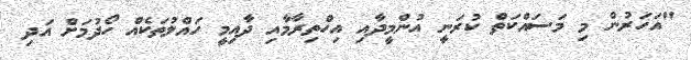
"އަހަރުން މި މަސައްކަތް ކުރަނީ އުންމީދާއި އިހްތިރާމާއި ދާއިމީ ހައްލުތަކެއް ހޯދުމަށް އަދި